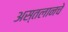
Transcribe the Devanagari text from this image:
अस्तलानचे